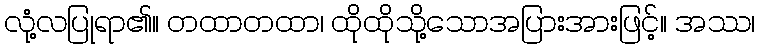
လုံ့လပြုရာ၏။ တထာတထာ၊ ထိုထိုသို့သောအပြားအားဖြင့်။ အဿ၊